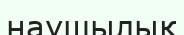
наушылық